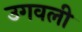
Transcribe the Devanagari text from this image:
उगवली